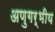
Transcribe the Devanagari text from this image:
अणुगर्भीय